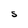
Character: S